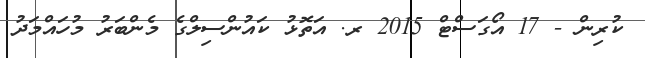
ކުރިން - 17 އޯގަސްޓް 2015 ރ. އަތޮޅު ކައުންސިލްގެ މެންބަރު މުހައްމަދު